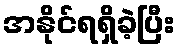
အနိုင်ရရှိခဲ့ပြီး